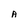
Character: A